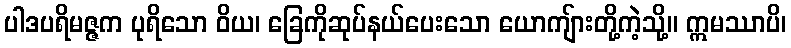
ပါဒပရိမဇ္ဇက ပုရိသော ဝိယ၊ ခြေကိုဆုပ်နယ်ပေးသော ယောကျ်ားတို့ကဲ့သို့။ ဣမဿာပိ၊